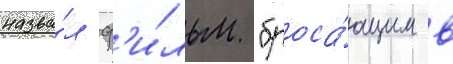
назва́л ф'и́льм "броса́ющим в